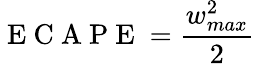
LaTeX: \mathrm{~E~C~A~P~E~}=\frac{w_{max}^{2}}{2}